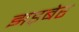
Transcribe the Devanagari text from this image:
झड़बेर